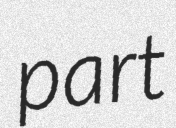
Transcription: part